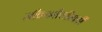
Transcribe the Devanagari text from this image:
जीवनशैलीसाठी